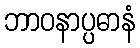
ဘာဝနာပ္ပဓာနံ